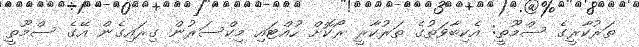
ތަރުކާރީގެ ސްމޫތީ: އެކިބާވަތުގެ ތަރުކާރީ ރޯކޮށް ހުއްޓައި މިކްސަރުން ގިރައިގެން އޭގެ ސްމޫތީ